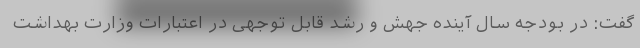
گفت: در بودجه سال آینده جهش و رشد قابل توجهی در اعتبارات وزارت بهداشت